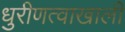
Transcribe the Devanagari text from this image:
धुरीणत्वाखाली